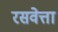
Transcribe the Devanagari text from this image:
रसवेत्ता